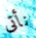
نأتى